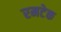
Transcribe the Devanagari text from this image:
रमटेक